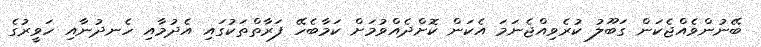
ބޭނުންވެއްޖެކަން ގަބޫލު ކުރެވިއްޖެނަމަ އެކަން ކޮށްދެެއްވުމަށް ކަމާބެހޭ ފަރާތްތަކުގައި އެދުމާއި ހެނދުނާއި ހަވީރުގެ